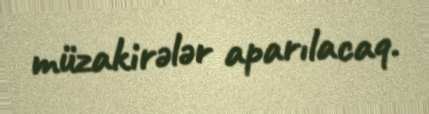
müzakirələr aparılacaq.